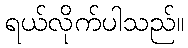
ရယ်လိုက်ပါသည်။